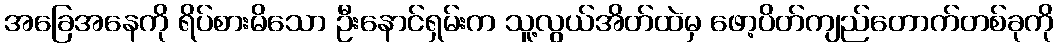
အခြေအနေကို ရိပ်စားမိသော ဦးနောင်ရှမ်းက သူ့လွယ်အိတ်ထဲမှ ဖော့ပိတ်ကျည်တောက်တစ်ခုကို